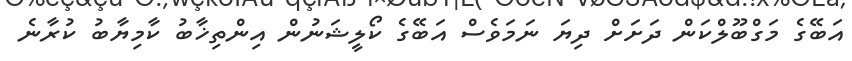
އަބޭގެ މަގްބޫލްކަން ދަށަށް ދިޔަ ނަމަވެސް އަބޭގެ ކޯލީޝަނުން އިންތިޚާބު ކާމިޔާބު ކުރާނެ